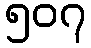
၅၀၇